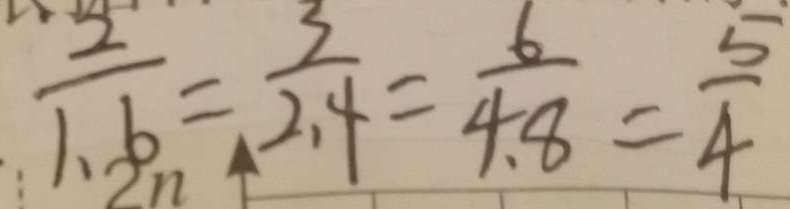
\frac { 2 } { 1 . 6 } = \frac { 3 } { 2 . 4 } = \frac { 6 } { 4 . 8 } = \frac { 5 } { 4 }